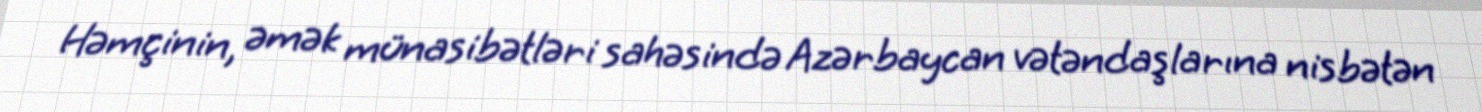
Həmçinin, əmək münasibətləri sahəsində Azərbaycan vətəndaşlarına nisbətən